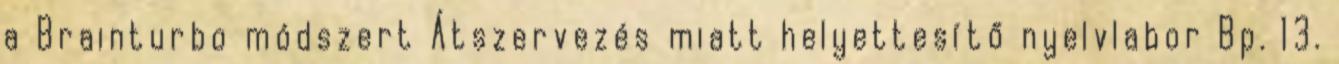
a Brainturbo módszert Átszervezés miatt helyettesítő nyelvlabor Bp. 13.